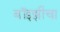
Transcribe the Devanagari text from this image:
बॉइझीचा